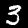
Label: 3